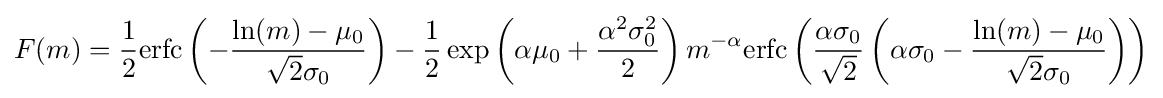
{\begin{aligned}F(m)={\frac {1}{2}}{\text{erfc}}\left(-{\frac {\ln(m)-\mu _{0}}{{\sqrt {2}}\sigma _{0}}}\right)-{\frac {1}{2}}\exp \left(\alpha \mu _{0}+{\frac {\alpha ^{2}\sigma _{0}^{2}}{2}}\right)m^{-\alpha }{\text{erfc}}\left({\frac {\alpha \sigma _{0}}{\sqrt {2}}}\left(\alpha \sigma _{0}-{\frac {\ln(m)-\mu _{0}}{{\sqrt {2}}\sigma _{0}}}\right)\right)\end{aligned}}